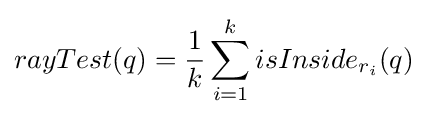
rayTest(q)={\frac {1}{k}}\sum _{i=1}^{k}isInside_{r_{i}}(q)